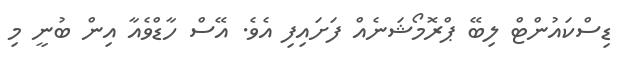
ޑިސްކައުންޓް ލިބޭ ޕްރޮމޯޝަނެއް ފަށައިފި އެވެ. އޭސް ހާޑްވެއާ އިން ބުނީ މި